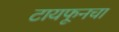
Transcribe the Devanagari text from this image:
टायफूनचा